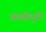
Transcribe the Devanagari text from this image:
अंतर्सम्पुटी